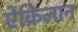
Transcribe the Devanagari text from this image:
ऐक्रिलान